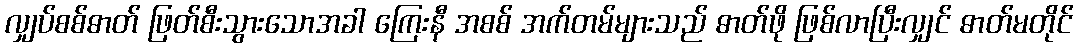
လျှပ်စစ်ဓာတ် ဖြတ်စီးသွားသောအခါ ကြေးနီ အစစ် အက်တမ်များသည် ဓာတ်ဖို ဖြစ်လာပြီးလျှင် ဓာတ်မတိုင်